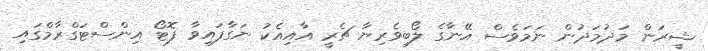
ޝީރަން މަދުމަދުން ނަމަވެސް އޭނާގެ ލޯބިވެރިޔާ ޗެރީ އާއިއެކު ނަގާފައިވާ ފޮޓޯ އިންސްޓަގްރާމްގައި